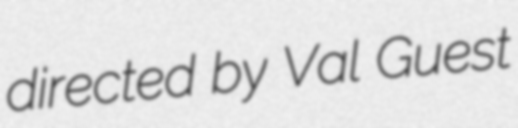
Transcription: directed by Val Guest